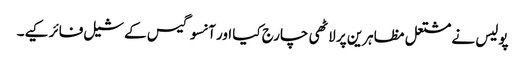
پولیس نے مشتعل مظاہرین پر لاٹھی چارج کیا اور آنسو گیس کے شیل فائر کیے۔